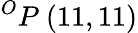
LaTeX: ^{O}P\ (11,11)